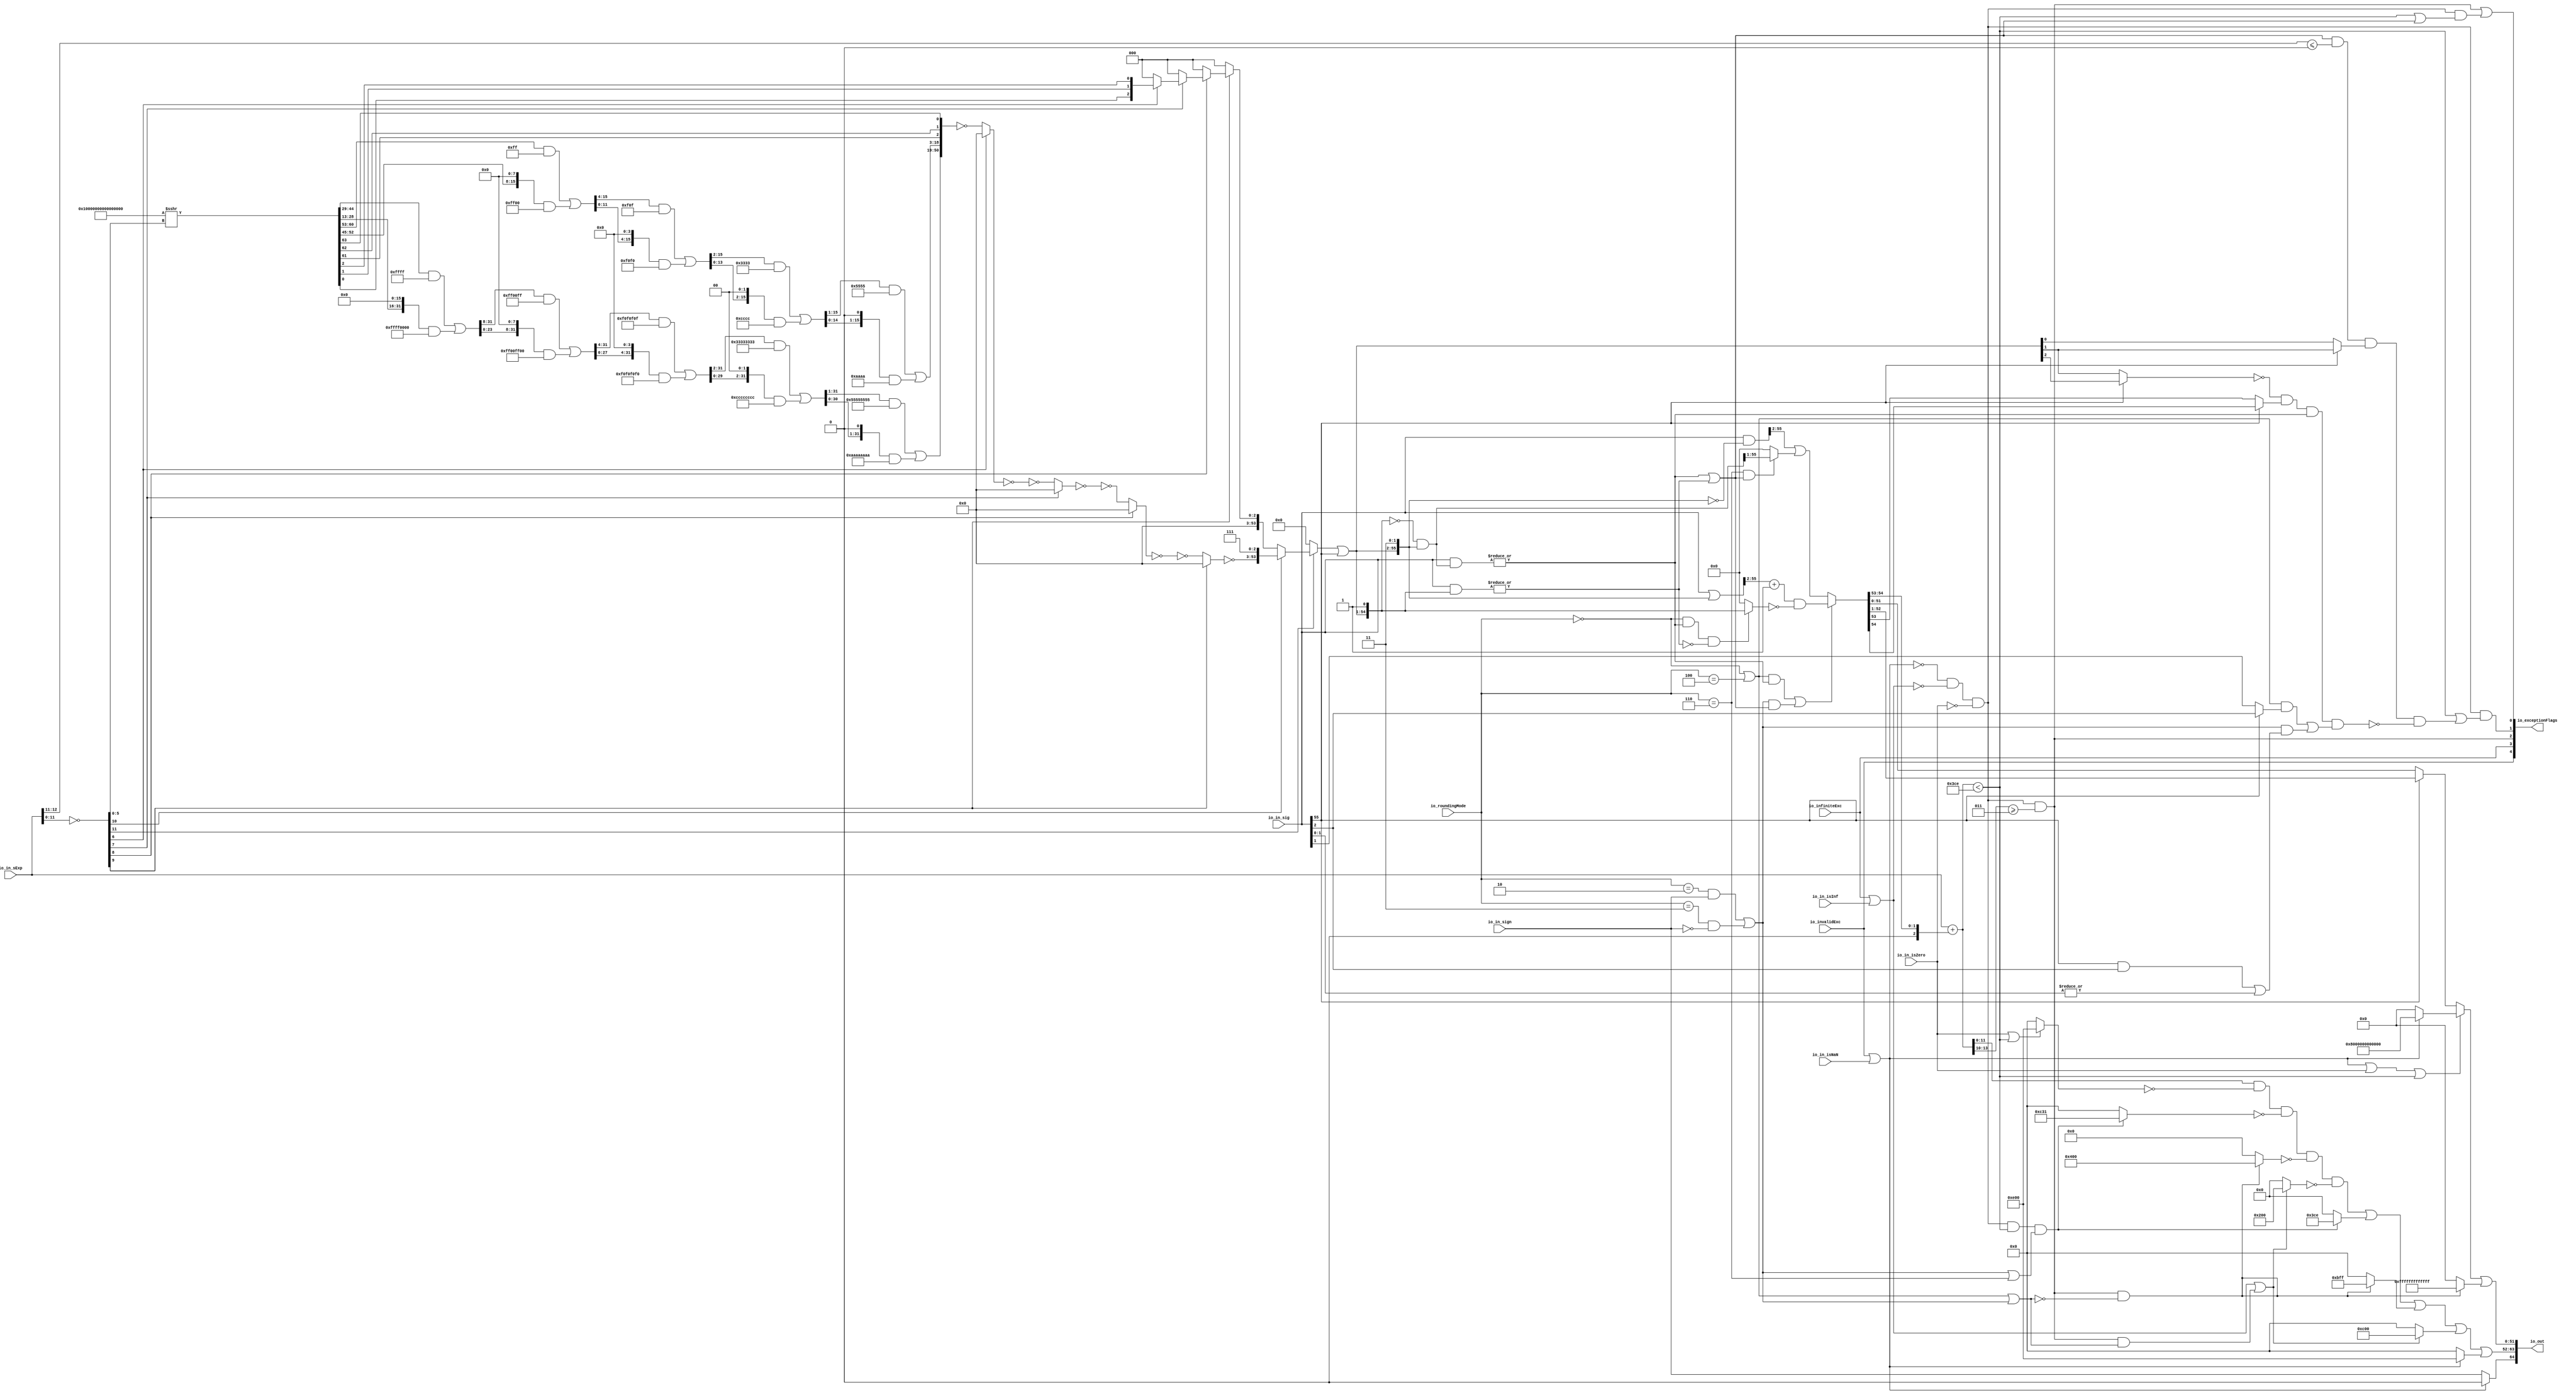
module RoundAnyRawFNToRecFN_4(
  input         io_invalidExc,
  input         io_infiniteExc,
  input         io_in_isNaN,
  input         io_in_isInf,
  input         io_in_isZero,
  input         io_in_sign,
  input  [12:0] io_in_sExp,
  input  [55:0] io_in_sig,
  input  [2:0]  io_roundingMode,
  output [64:0] io_out,
  output [4:0]  io_exceptionFlags
);
  wire  roundingMode_near_even = io_roundingMode == 3'h0; // @[RoundAnyRawFNToRecFN.scala 88:53]
  wire  roundingMode_min = io_roundingMode == 3'h2; // @[RoundAnyRawFNToRecFN.scala 90:53]
  wire  roundingMode_max = io_roundingMode == 3'h3; // @[RoundAnyRawFNToRecFN.scala 91:53]
  wire  roundingMode_near_maxMag = io_roundingMode == 3'h4; // @[RoundAnyRawFNToRecFN.scala 92:53]
  wire  roundingMode_odd = io_roundingMode == 3'h6; // @[RoundAnyRawFNToRecFN.scala 93:53]
  wire  roundMagUp = roundingMode_min & io_in_sign | roundingMode_max & ~io_in_sign; // @[RoundAnyRawFNToRecFN.scala 96:42]
  wire  doShiftSigDown1 = io_in_sig[55]; // @[RoundAnyRawFNToRecFN.scala 118:61]
  wire [11:0] _roundMask_T_1 = ~io_in_sExp[11:0]; // @[primitives.scala 51:21]
  wire  roundMask_msb = _roundMask_T_1[11]; // @[primitives.scala 57:25]
  wire [10:0] roundMask_lsbs = _roundMask_T_1[10:0]; // @[primitives.scala 58:26]
  wire  roundMask_msb_1 = roundMask_lsbs[10]; // @[primitives.scala 57:25]
  wire [9:0] roundMask_lsbs_1 = roundMask_lsbs[9:0]; // @[primitives.scala 58:26]
  wire  roundMask_msb_2 = roundMask_lsbs_1[9]; // @[primitives.scala 57:25]
  wire [8:0] roundMask_lsbs_2 = roundMask_lsbs_1[8:0]; // @[primitives.scala 58:26]
  wire  roundMask_msb_3 = roundMask_lsbs_2[8]; // @[primitives.scala 57:25]
  wire [7:0] roundMask_lsbs_3 = roundMask_lsbs_2[7:0]; // @[primitives.scala 58:26]
  wire  roundMask_msb_4 = roundMask_lsbs_3[7]; // @[primitives.scala 57:25]
  wire [6:0] roundMask_lsbs_4 = roundMask_lsbs_3[6:0]; // @[primitives.scala 58:26]
  wire  roundMask_msb_5 = roundMask_lsbs_4[6]; // @[primitives.scala 57:25]
  wire [5:0] roundMask_lsbs_5 = roundMask_lsbs_4[5:0]; // @[primitives.scala 58:26]
  wire [64:0] roundMask_shift = 65'sh10000000000000000 >>> roundMask_lsbs_5; // @[primitives.scala 77:58]
  wire [31:0] _GEN_0 = {{16'd0}, roundMask_shift[44:29]}; // @[Bitwise.scala 105:31]
  wire [31:0] _roundMask_T_7 = _GEN_0 & 32'hffff; // @[Bitwise.scala 105:31]
  wire [31:0] _roundMask_T_9 = {roundMask_shift[28:13], 16'h0}; // @[Bitwise.scala 105:70]
  wire [31:0] _roundMask_T_11 = _roundMask_T_9 & 32'hffff0000; // @[Bitwise.scala 105:80]
  wire [31:0] _roundMask_T_12 = _roundMask_T_7 | _roundMask_T_11; // @[Bitwise.scala 105:39]
  wire [31:0] _GEN_1 = {{8'd0}, _roundMask_T_12[31:8]}; // @[Bitwise.scala 105:31]
  wire [31:0] _roundMask_T_17 = _GEN_1 & 32'hff00ff; // @[Bitwise.scala 105:31]
  wire [31:0] _roundMask_T_19 = {_roundMask_T_12[23:0], 8'h0}; // @[Bitwise.scala 105:70]
  wire [31:0] _roundMask_T_21 = _roundMask_T_19 & 32'hff00ff00; // @[Bitwise.scala 105:80]
  wire [31:0] _roundMask_T_22 = _roundMask_T_17 | _roundMask_T_21; // @[Bitwise.scala 105:39]
  wire [31:0] _GEN_2 = {{4'd0}, _roundMask_T_22[31:4]}; // @[Bitwise.scala 105:31]
  wire [31:0] _roundMask_T_27 = _GEN_2 & 32'hf0f0f0f; // @[Bitwise.scala 105:31]
  wire [31:0] _roundMask_T_29 = {_roundMask_T_22[27:0], 4'h0}; // @[Bitwise.scala 105:70]
  wire [31:0] _roundMask_T_31 = _roundMask_T_29 & 32'hf0f0f0f0; // @[Bitwise.scala 105:80]
  wire [31:0] _roundMask_T_32 = _roundMask_T_27 | _roundMask_T_31; // @[Bitwise.scala 105:39]
  wire [31:0] _GEN_3 = {{2'd0}, _roundMask_T_32[31:2]}; // @[Bitwise.scala 105:31]
  wire [31:0] _roundMask_T_37 = _GEN_3 & 32'h33333333; // @[Bitwise.scala 105:31]
  wire [31:0] _roundMask_T_39 = {_roundMask_T_32[29:0], 2'h0}; // @[Bitwise.scala 105:70]
  wire [31:0] _roundMask_T_41 = _roundMask_T_39 & 32'hcccccccc; // @[Bitwise.scala 105:80]
  wire [31:0] _roundMask_T_42 = _roundMask_T_37 | _roundMask_T_41; // @[Bitwise.scala 105:39]
  wire [31:0] _GEN_4 = {{1'd0}, _roundMask_T_42[31:1]}; // @[Bitwise.scala 105:31]
  wire [31:0] _roundMask_T_47 = _GEN_4 & 32'h55555555; // @[Bitwise.scala 105:31]
  wire [31:0] _roundMask_T_49 = {_roundMask_T_42[30:0], 1'h0}; // @[Bitwise.scala 105:70]
  wire [31:0] _roundMask_T_51 = _roundMask_T_49 & 32'haaaaaaaa; // @[Bitwise.scala 105:80]
  wire [31:0] _roundMask_T_52 = _roundMask_T_47 | _roundMask_T_51; // @[Bitwise.scala 105:39]
  wire [15:0] _GEN_5 = {{8'd0}, roundMask_shift[60:53]}; // @[Bitwise.scala 105:31]
  wire [15:0] _roundMask_T_58 = _GEN_5 & 16'hff; // @[Bitwise.scala 105:31]
  wire [15:0] _roundMask_T_60 = {roundMask_shift[52:45], 8'h0}; // @[Bitwise.scala 105:70]
  wire [15:0] _roundMask_T_62 = _roundMask_T_60 & 16'hff00; // @[Bitwise.scala 105:80]
  wire [15:0] _roundMask_T_63 = _roundMask_T_58 | _roundMask_T_62; // @[Bitwise.scala 105:39]
  wire [15:0] _GEN_6 = {{4'd0}, _roundMask_T_63[15:4]}; // @[Bitwise.scala 105:31]
  wire [15:0] _roundMask_T_68 = _GEN_6 & 16'hf0f; // @[Bitwise.scala 105:31]
  wire [15:0] _roundMask_T_70 = {_roundMask_T_63[11:0], 4'h0}; // @[Bitwise.scala 105:70]
  wire [15:0] _roundMask_T_72 = _roundMask_T_70 & 16'hf0f0; // @[Bitwise.scala 105:80]
  wire [15:0] _roundMask_T_73 = _roundMask_T_68 | _roundMask_T_72; // @[Bitwise.scala 105:39]
  wire [15:0] _GEN_7 = {{2'd0}, _roundMask_T_73[15:2]}; // @[Bitwise.scala 105:31]
  wire [15:0] _roundMask_T_78 = _GEN_7 & 16'h3333; // @[Bitwise.scala 105:31]
  wire [15:0] _roundMask_T_80 = {_roundMask_T_73[13:0], 2'h0}; // @[Bitwise.scala 105:70]
  wire [15:0] _roundMask_T_82 = _roundMask_T_80 & 16'hcccc; // @[Bitwise.scala 105:80]
  wire [15:0] _roundMask_T_83 = _roundMask_T_78 | _roundMask_T_82; // @[Bitwise.scala 105:39]
  wire [15:0] _GEN_8 = {{1'd0}, _roundMask_T_83[15:1]}; // @[Bitwise.scala 105:31]
  wire [15:0] _roundMask_T_88 = _GEN_8 & 16'h5555; // @[Bitwise.scala 105:31]
  wire [15:0] _roundMask_T_90 = {_roundMask_T_83[14:0], 1'h0}; // @[Bitwise.scala 105:70]
  wire [15:0] _roundMask_T_92 = _roundMask_T_90 & 16'haaaa; // @[Bitwise.scala 105:80]
  wire [15:0] _roundMask_T_93 = _roundMask_T_88 | _roundMask_T_92; // @[Bitwise.scala 105:39]
  wire [50:0] _roundMask_T_102 = {_roundMask_T_52,_roundMask_T_93,roundMask_shift[61],roundMask_shift[62],
    roundMask_shift[63]}; // @[Cat.scala 31:58]
  wire [50:0] _roundMask_T_103 = ~_roundMask_T_102; // @[primitives.scala 74:36]
  wire [50:0] _roundMask_T_104 = roundMask_msb_5 ? 51'h0 : _roundMask_T_103; // @[primitives.scala 74:21]
  wire [50:0] _roundMask_T_105 = ~_roundMask_T_104; // @[primitives.scala 74:17]
  wire [50:0] _roundMask_T_106 = ~_roundMask_T_105; // @[primitives.scala 74:36]
  wire [50:0] _roundMask_T_107 = roundMask_msb_4 ? 51'h0 : _roundMask_T_106; // @[primitives.scala 74:21]
  wire [50:0] _roundMask_T_108 = ~_roundMask_T_107; // @[primitives.scala 74:17]
  wire [50:0] _roundMask_T_109 = ~_roundMask_T_108; // @[primitives.scala 74:36]
  wire [50:0] _roundMask_T_110 = roundMask_msb_3 ? 51'h0 : _roundMask_T_109; // @[primitives.scala 74:21]
  wire [50:0] _roundMask_T_111 = ~_roundMask_T_110; // @[primitives.scala 74:17]
  wire [50:0] _roundMask_T_112 = ~_roundMask_T_111; // @[primitives.scala 74:36]
  wire [50:0] _roundMask_T_113 = roundMask_msb_2 ? 51'h0 : _roundMask_T_112; // @[primitives.scala 74:21]
  wire [50:0] _roundMask_T_114 = ~_roundMask_T_113; // @[primitives.scala 74:17]
  wire [53:0] _roundMask_T_115 = {_roundMask_T_114,3'h7}; // @[Cat.scala 31:58]
  wire [2:0] _roundMask_T_122 = {roundMask_shift[0],roundMask_shift[1],roundMask_shift[2]}; // @[Cat.scala 31:58]
  wire [2:0] _roundMask_T_123 = roundMask_msb_5 ? _roundMask_T_122 : 3'h0; // @[primitives.scala 61:24]
  wire [2:0] _roundMask_T_124 = roundMask_msb_4 ? _roundMask_T_123 : 3'h0; // @[primitives.scala 61:24]
  wire [2:0] _roundMask_T_125 = roundMask_msb_3 ? _roundMask_T_124 : 3'h0; // @[primitives.scala 61:24]
  wire [2:0] _roundMask_T_126 = roundMask_msb_2 ? _roundMask_T_125 : 3'h0; // @[primitives.scala 61:24]
  wire [53:0] _roundMask_T_127 = roundMask_msb_1 ? _roundMask_T_115 : {{51'd0}, _roundMask_T_126}; // @[primitives.scala 66:24]
  wire [53:0] _roundMask_T_128 = roundMask_msb ? _roundMask_T_127 : 54'h0; // @[primitives.scala 61:24]
  wire [53:0] _GEN_9 = {{53'd0}, doShiftSigDown1}; // @[RoundAnyRawFNToRecFN.scala 157:23]
  wire [53:0] _roundMask_T_129 = _roundMask_T_128 | _GEN_9; // @[RoundAnyRawFNToRecFN.scala 157:23]
  wire [55:0] roundMask = {_roundMask_T_129,2'h3}; // @[Cat.scala 31:58]
  wire [55:0] shiftedRoundMask = {1'h0,roundMask[55:1]}; // @[Cat.scala 31:58]
  wire [55:0] _roundPosMask_T = ~shiftedRoundMask; // @[RoundAnyRawFNToRecFN.scala 161:28]
  wire [55:0] roundPosMask = _roundPosMask_T & roundMask; // @[RoundAnyRawFNToRecFN.scala 161:46]
  wire [55:0] _roundPosBit_T = io_in_sig & roundPosMask; // @[RoundAnyRawFNToRecFN.scala 162:40]
  wire  roundPosBit = |_roundPosBit_T; // @[RoundAnyRawFNToRecFN.scala 162:56]
  wire [55:0] _anyRoundExtra_T = io_in_sig & shiftedRoundMask; // @[RoundAnyRawFNToRecFN.scala 163:42]
  wire  anyRoundExtra = |_anyRoundExtra_T; // @[RoundAnyRawFNToRecFN.scala 163:62]
  wire  anyRound = roundPosBit | anyRoundExtra; // @[RoundAnyRawFNToRecFN.scala 164:36]
  wire  _roundIncr_T = roundingMode_near_even | roundingMode_near_maxMag; // @[RoundAnyRawFNToRecFN.scala 167:38]
  wire  _roundIncr_T_1 = (roundingMode_near_even | roundingMode_near_maxMag) & roundPosBit; // @[RoundAnyRawFNToRecFN.scala 167:67]
  wire  _roundIncr_T_2 = roundMagUp & anyRound; // @[RoundAnyRawFNToRecFN.scala 169:29]
  wire  roundIncr = _roundIncr_T_1 | _roundIncr_T_2; // @[RoundAnyRawFNToRecFN.scala 168:31]
  wire [55:0] _roundedSig_T = io_in_sig | roundMask; // @[RoundAnyRawFNToRecFN.scala 172:32]
  wire [54:0] _roundedSig_T_2 = _roundedSig_T[55:2] + 54'h1; // @[RoundAnyRawFNToRecFN.scala 172:49]
  wire  _roundedSig_T_4 = ~anyRoundExtra; // @[RoundAnyRawFNToRecFN.scala 174:30]
  wire [54:0] _roundedSig_T_7 = roundingMode_near_even & roundPosBit & _roundedSig_T_4 ? roundMask[55:1] : 55'h0; // @[RoundAnyRawFNToRecFN.scala 173:25]
  wire [54:0] _roundedSig_T_8 = ~_roundedSig_T_7; // @[RoundAnyRawFNToRecFN.scala 173:21]
  wire [54:0] _roundedSig_T_9 = _roundedSig_T_2 & _roundedSig_T_8; // @[RoundAnyRawFNToRecFN.scala 172:61]
  wire [55:0] _roundedSig_T_10 = ~roundMask; // @[RoundAnyRawFNToRecFN.scala 178:32]
  wire [55:0] _roundedSig_T_11 = io_in_sig & _roundedSig_T_10; // @[RoundAnyRawFNToRecFN.scala 178:30]
  wire [54:0] _roundedSig_T_15 = roundingMode_odd & anyRound ? roundPosMask[55:1] : 55'h0; // @[RoundAnyRawFNToRecFN.scala 179:24]
  wire [54:0] _GEN_10 = {{1'd0}, _roundedSig_T_11[55:2]}; // @[RoundAnyRawFNToRecFN.scala 178:47]
  wire [54:0] _roundedSig_T_16 = _GEN_10 | _roundedSig_T_15; // @[RoundAnyRawFNToRecFN.scala 178:47]
  wire [54:0] roundedSig = roundIncr ? _roundedSig_T_9 : _roundedSig_T_16; // @[RoundAnyRawFNToRecFN.scala 171:16]
  wire [2:0] _sRoundedExp_T_1 = {1'b0,$signed(roundedSig[54:53])}; // @[RoundAnyRawFNToRecFN.scala 183:69]
  wire [12:0] _GEN_11 = {{10{_sRoundedExp_T_1[2]}},_sRoundedExp_T_1}; // @[RoundAnyRawFNToRecFN.scala 183:40]
  wire [13:0] sRoundedExp = $signed(io_in_sExp) + $signed(_GEN_11); // @[RoundAnyRawFNToRecFN.scala 183:40]
  wire [11:0] common_expOut = sRoundedExp[11:0]; // @[RoundAnyRawFNToRecFN.scala 185:37]
  wire [51:0] common_fractOut = doShiftSigDown1 ? roundedSig[52:1] : roundedSig[51:0]; // @[RoundAnyRawFNToRecFN.scala 187:16]
  wire [3:0] _common_overflow_T = sRoundedExp[13:10]; // @[RoundAnyRawFNToRecFN.scala 194:30]
  wire  common_overflow = $signed(_common_overflow_T) >= 4'sh3; // @[RoundAnyRawFNToRecFN.scala 194:50]
  wire  common_totalUnderflow = $signed(sRoundedExp) < 14'sh3ce; // @[RoundAnyRawFNToRecFN.scala 198:31]
  wire  unboundedRange_roundPosBit = doShiftSigDown1 ? io_in_sig[2] : io_in_sig[1]; // @[RoundAnyRawFNToRecFN.scala 201:16]
  wire  unboundedRange_anyRound = doShiftSigDown1 & io_in_sig[2] | |io_in_sig[1:0]; // @[RoundAnyRawFNToRecFN.scala 203:49]
  wire  _unboundedRange_roundIncr_T_1 = _roundIncr_T & unboundedRange_roundPosBit; // @[RoundAnyRawFNToRecFN.scala 205:67]
  wire  _unboundedRange_roundIncr_T_2 = roundMagUp & unboundedRange_anyRound; // @[RoundAnyRawFNToRecFN.scala 207:29]
  wire  unboundedRange_roundIncr = _unboundedRange_roundIncr_T_1 | _unboundedRange_roundIncr_T_2; // @[RoundAnyRawFNToRecFN.scala 206:46]
  wire  roundCarry = doShiftSigDown1 ? roundedSig[54] : roundedSig[53]; // @[RoundAnyRawFNToRecFN.scala 209:16]
  wire [1:0] _common_underflow_T = io_in_sExp[12:11]; // @[RoundAnyRawFNToRecFN.scala 218:48]
  wire  _common_underflow_T_5 = doShiftSigDown1 ? roundMask[3] : roundMask[2]; // @[RoundAnyRawFNToRecFN.scala 219:30]
  wire  _common_underflow_T_6 = anyRound & $signed(_common_underflow_T) <= 2'sh0 & _common_underflow_T_5; // @[RoundAnyRawFNToRecFN.scala 218:74]
  wire  _common_underflow_T_10 = doShiftSigDown1 ? roundMask[4] : roundMask[3]; // @[RoundAnyRawFNToRecFN.scala 221:39]
  wire  _common_underflow_T_11 = ~_common_underflow_T_10; // @[RoundAnyRawFNToRecFN.scala 221:34]
  wire  _common_underflow_T_13 = _common_underflow_T_11 & roundCarry; // @[RoundAnyRawFNToRecFN.scala 224:38]
  wire  _common_underflow_T_15 = _common_underflow_T_13 & roundPosBit & unboundedRange_roundIncr; // @[RoundAnyRawFNToRecFN.scala 225:60]
  wire  _common_underflow_T_16 = ~_common_underflow_T_15; // @[RoundAnyRawFNToRecFN.scala 220:27]
  wire  _common_underflow_T_17 = _common_underflow_T_6 & _common_underflow_T_16; // @[RoundAnyRawFNToRecFN.scala 219:76]
  wire  common_underflow = common_totalUnderflow | _common_underflow_T_17; // @[RoundAnyRawFNToRecFN.scala 215:40]
  wire  common_inexact = common_totalUnderflow | anyRound; // @[RoundAnyRawFNToRecFN.scala 228:49]
  wire  isNaNOut = io_invalidExc | io_in_isNaN; // @[RoundAnyRawFNToRecFN.scala 233:34]
  wire  notNaN_isSpecialInfOut = io_infiniteExc | io_in_isInf; // @[RoundAnyRawFNToRecFN.scala 234:49]
  wire  commonCase = ~isNaNOut & ~notNaN_isSpecialInfOut & ~io_in_isZero; // @[RoundAnyRawFNToRecFN.scala 235:61]
  wire  overflow = commonCase & common_overflow; // @[RoundAnyRawFNToRecFN.scala 236:32]
  wire  underflow = commonCase & common_underflow; // @[RoundAnyRawFNToRecFN.scala 237:32]
  wire  inexact = overflow | commonCase & common_inexact; // @[RoundAnyRawFNToRecFN.scala 238:28]
  wire  overflow_roundMagUp = _roundIncr_T | roundMagUp; // @[RoundAnyRawFNToRecFN.scala 241:60]
  wire  pegMinNonzeroMagOut = commonCase & common_totalUnderflow & (roundMagUp | roundingMode_odd); // @[RoundAnyRawFNToRecFN.scala 243:45]
  wire  pegMaxFiniteMagOut = overflow & ~overflow_roundMagUp; // @[RoundAnyRawFNToRecFN.scala 244:39]
  wire  notNaN_isInfOut = notNaN_isSpecialInfOut | overflow & overflow_roundMagUp; // @[RoundAnyRawFNToRecFN.scala 246:32]
  wire  signOut = isNaNOut ? 1'h0 : io_in_sign; // @[RoundAnyRawFNToRecFN.scala 248:22]
  wire [11:0] _expOut_T_1 = io_in_isZero | common_totalUnderflow ? 12'he00 : 12'h0; // @[RoundAnyRawFNToRecFN.scala 251:18]
  wire [11:0] _expOut_T_2 = ~_expOut_T_1; // @[RoundAnyRawFNToRecFN.scala 251:14]
  wire [11:0] _expOut_T_3 = common_expOut & _expOut_T_2; // @[RoundAnyRawFNToRecFN.scala 250:24]
  wire [11:0] _expOut_T_5 = pegMinNonzeroMagOut ? 12'hc31 : 12'h0; // @[RoundAnyRawFNToRecFN.scala 255:18]
  wire [11:0] _expOut_T_6 = ~_expOut_T_5; // @[RoundAnyRawFNToRecFN.scala 255:14]
  wire [11:0] _expOut_T_7 = _expOut_T_3 & _expOut_T_6; // @[RoundAnyRawFNToRecFN.scala 254:17]
  wire [11:0] _expOut_T_8 = pegMaxFiniteMagOut ? 12'h400 : 12'h0; // @[RoundAnyRawFNToRecFN.scala 259:18]
  wire [11:0] _expOut_T_9 = ~_expOut_T_8; // @[RoundAnyRawFNToRecFN.scala 259:14]
  wire [11:0] _expOut_T_10 = _expOut_T_7 & _expOut_T_9; // @[RoundAnyRawFNToRecFN.scala 258:17]
  wire [11:0] _expOut_T_11 = notNaN_isInfOut ? 12'h200 : 12'h0; // @[RoundAnyRawFNToRecFN.scala 263:18]
  wire [11:0] _expOut_T_12 = ~_expOut_T_11; // @[RoundAnyRawFNToRecFN.scala 263:14]
  wire [11:0] _expOut_T_13 = _expOut_T_10 & _expOut_T_12; // @[RoundAnyRawFNToRecFN.scala 262:17]
  wire [11:0] _expOut_T_14 = pegMinNonzeroMagOut ? 12'h3ce : 12'h0; // @[RoundAnyRawFNToRecFN.scala 267:16]
  wire [11:0] _expOut_T_15 = _expOut_T_13 | _expOut_T_14; // @[RoundAnyRawFNToRecFN.scala 266:18]
  wire [11:0] _expOut_T_16 = pegMaxFiniteMagOut ? 12'hbff : 12'h0; // @[RoundAnyRawFNToRecFN.scala 271:16]
  wire [11:0] _expOut_T_17 = _expOut_T_15 | _expOut_T_16; // @[RoundAnyRawFNToRecFN.scala 270:15]
  wire [11:0] _expOut_T_18 = notNaN_isInfOut ? 12'hc00 : 12'h0; // @[RoundAnyRawFNToRecFN.scala 275:16]
  wire [11:0] _expOut_T_19 = _expOut_T_17 | _expOut_T_18; // @[RoundAnyRawFNToRecFN.scala 274:15]
  wire [11:0] _expOut_T_20 = isNaNOut ? 12'he00 : 12'h0; // @[RoundAnyRawFNToRecFN.scala 276:16]
  wire [11:0] expOut = _expOut_T_19 | _expOut_T_20; // @[RoundAnyRawFNToRecFN.scala 275:77]
  wire [51:0] _fractOut_T_2 = isNaNOut ? 52'h8000000000000 : 52'h0; // @[RoundAnyRawFNToRecFN.scala 279:16]
  wire [51:0] _fractOut_T_3 = isNaNOut | io_in_isZero | common_totalUnderflow ? _fractOut_T_2 : common_fractOut; // @[RoundAnyRawFNToRecFN.scala 278:12]
  wire [51:0] _fractOut_T_5 = pegMaxFiniteMagOut ? 52'hfffffffffffff : 52'h0; // @[Bitwise.scala 74:12]
  wire [51:0] fractOut = _fractOut_T_3 | _fractOut_T_5; // @[RoundAnyRawFNToRecFN.scala 281:11]
  wire [12:0] io_out_hi = {signOut,expOut}; // @[Cat.scala 31:58]
  wire [1:0] io_exceptionFlags_lo = {underflow,inexact}; // @[Cat.scala 31:58]
  wire [2:0] io_exceptionFlags_hi = {io_invalidExc,io_infiniteExc,overflow}; // @[Cat.scala 31:58]
  assign io_out = {io_out_hi,fractOut}; // @[Cat.scala 31:58]
  assign io_exceptionFlags = {io_exceptionFlags_hi,io_exceptionFlags_lo}; // @[Cat.scala 31:58]
endmodule